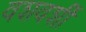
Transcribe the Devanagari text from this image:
वशवर्शी